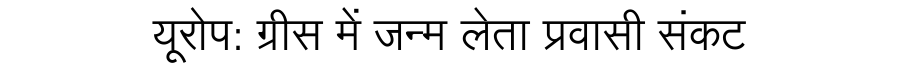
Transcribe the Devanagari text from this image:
यूरोप: ग्रीस में जन्म लेता प्रवासी संकट